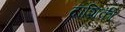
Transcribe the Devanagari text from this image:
दाशिकी